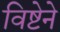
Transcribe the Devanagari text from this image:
विष्टेने